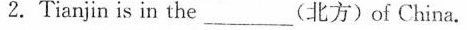
2.Tianjin is in the_________(北方)of China.